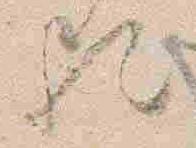
歟